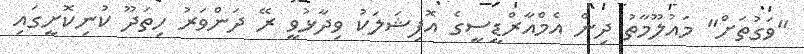
"ވަގުތަށް" މައުލޫމާތު ދިން އެމްއާރްޑީސީގެ އޮފިޝަލަކު ވިދާޅުވީ ރޭ ދަންވަރު ހިތަދޫ ކުނިކޮށީގައި